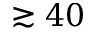
\gtrsim 4 0